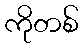
ကိုတစ်